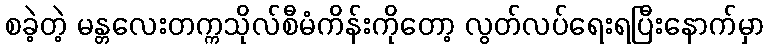
စခဲ့တဲ့ မန္တလေးတက္ကသိုလ်စီမံကိန်းကိုတော့ လွတ်လပ်ရေးရပြီးနောက်မှာ